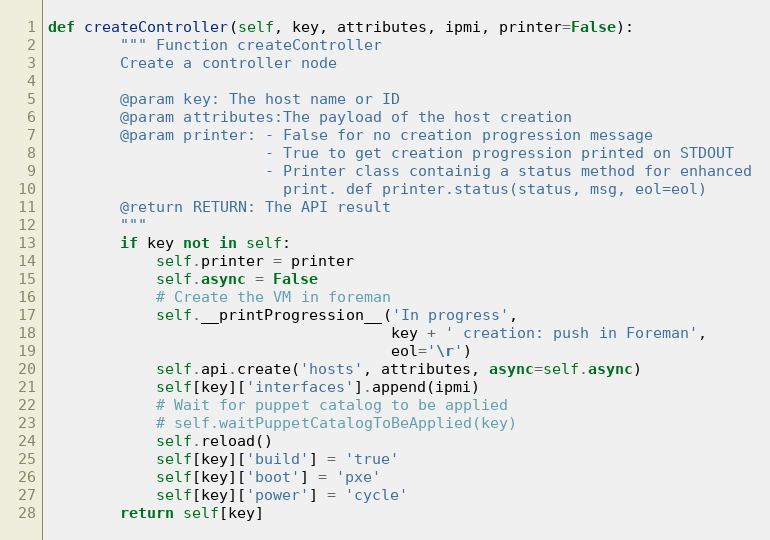
Language: Python
def createController(self, key, attributes, ipmi, printer=False):
        """ Function createController
        Create a controller node

        @param key: The host name or ID
        @param attributes:The payload of the host creation
        @param printer: - False for no creation progression message
                        - True to get creation progression printed on STDOUT
                        - Printer class containig a status method for enhanced
                          print. def printer.status(status, msg, eol=eol)
        @return RETURN: The API result
        """
        if key not in self:
            self.printer = printer
            self.async = False
            # Create the VM in foreman
            self.__printProgression__('In progress',
                                      key + ' creation: push in Foreman',
                                      eol='\r')
            self.api.create('hosts', attributes, async=self.async)
            self[key]['interfaces'].append(ipmi)
            # Wait for puppet catalog to be applied
            # self.waitPuppetCatalogToBeApplied(key)
            self.reload()
            self[key]['build'] = 'true'
            self[key]['boot'] = 'pxe'
            self[key]['power'] = 'cycle'
        return self[key]